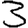
Digit: 3